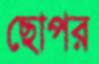
ছোপর